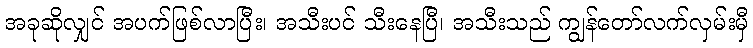
အခုဆိုလျှင် အပက်ဖြစ်လာပြီး၊ အသီးပင် သီးနေပြီ၊ အသီးသည် ကျွန်တော်လက်လှမ်းမှီ